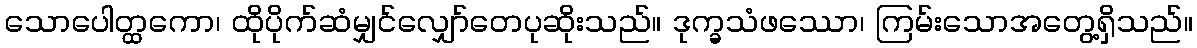
သောပေါတ္ထကော၊ ထိုပိုက်ဆံမျှင်လျှော်တေပုဆိုးသည်။ ဒုက္ခသံဖဿော၊ ကြမ်းသောအတွေ့ရှိသည်။